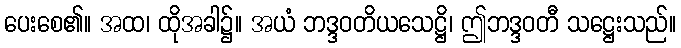
ပေးစေ၏။ အထ၊ ထိုအခါ၌။ အယံ ဘဒ္ဒဝတိယသေဋ္ဌိ၊ ဤဘဒ္ဒဝတီ သဋ္ဌေးသည်။